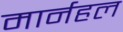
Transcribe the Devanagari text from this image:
मार्नहल